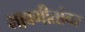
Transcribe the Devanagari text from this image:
भावगीतांवर